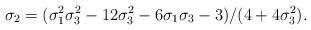
LaTeX: \begin{align*}\sigma_2=(\sigma_1^2 \sigma_3^2-12\sigma_3^2-6\sigma_1 \sigma_3-3)/(4+4\sigma_3^2).\end{align*}